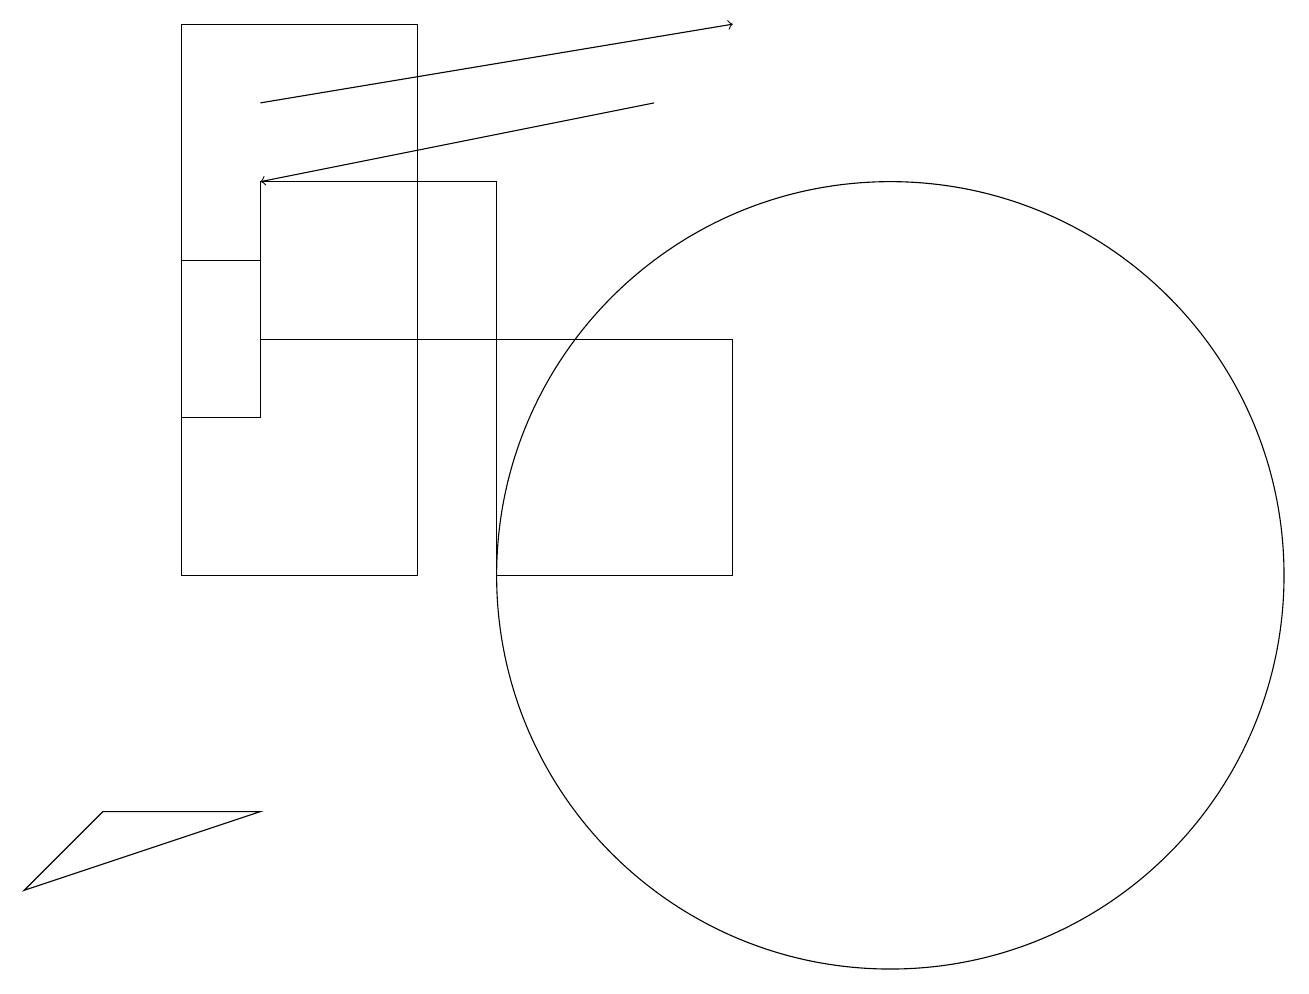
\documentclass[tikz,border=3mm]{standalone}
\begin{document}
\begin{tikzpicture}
\draw[->] (3,17) -- (9,18);
\draw (9,14) rectangle (6,11);
\draw (5,18) rectangle (2,11);
\draw[->] (8,17) -- (3,16);
\draw (1,8) -- (0,7) -- (3,8) -- cycle;
\draw (11,11) circle (5);
\draw (3,16) rectangle (6,14);
\draw (2,15) rectangle (3,13);
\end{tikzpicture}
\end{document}